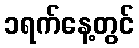
၁ရက်နေ့တွင်